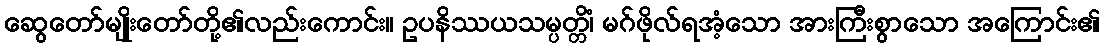
ဆွေတော်မျိုးတော်တို့၏လည်းကောင်း။ ဥပနိဿယသမ္ပတ္တိံ၊ မဂ်ဖိုလ်ရအံ့သော အားကြီးစွာသော အကြောင်း၏